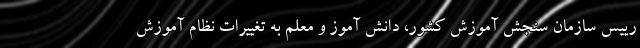
رییس سازمان سنجش آموزش کشور، دانش آموز و معلم به تغییرات نظام آموزش